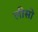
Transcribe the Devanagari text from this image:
लीसो